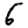
Digit: 6